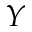
Y